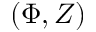
( \Phi , Z )